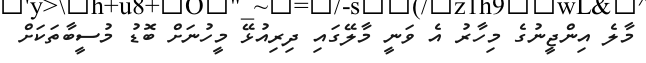
މާލެ އިންޖީނުގެ މިހާރު އެ ވަނީ މާލޭގައި ދިރިއުޅޭ މީހުނަށް ބޮޑު މުސީބާތަކަށް